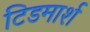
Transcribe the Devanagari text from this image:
टिडमार्श